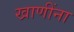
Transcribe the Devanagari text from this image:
खाणींना